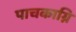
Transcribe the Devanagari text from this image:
पाचकाग्नि